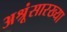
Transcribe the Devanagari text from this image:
अश्रूंसारख्या